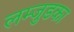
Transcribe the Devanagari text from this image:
लम्जुडका